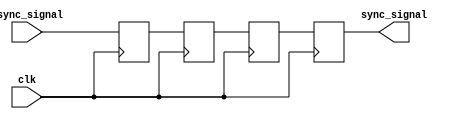
module triple_ff_synchronizer (
    input  wire async_signal, // Input signal from the asynchronous clock domain
    input  wire clk,          // Clock signal of the destination clock domain
    output reg  sync_signal    // Synchronized output signal
);

// Internal registers for the three flip-flops
reg ff1, ff2, ff3;

// Always block triggered on the rising edge of the destination clock
always @(posedge clk) begin
    ff1 <= async_signal; // First flip-flop samples the async_signal
    ff2 <= ff1;          // Second flip-flop samples the output of the first
    ff3 <= ff2;          // Third flip-flop samples the output of the second
end

// Assigning the output to the last flip-flop
always @(posedge clk) begin
    sync_signal <= ff3;  // The synchronized output signal
end

endmodule